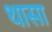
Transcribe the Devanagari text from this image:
थासा